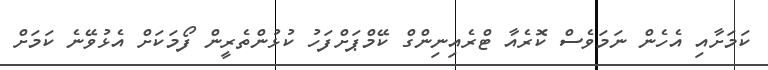
ކަމަށާއި އެހެން ނަމަވެސް ކޮރެއާ ޓްރެއިނިންގް ކޭމްޕަށްފަހު ކުޅުންތެރީން ފޯމަކަށް އެޅުވޭނެ ކަމަށް